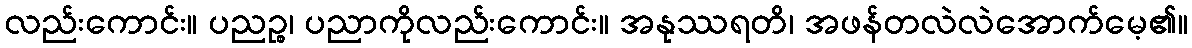
လည်းကောင်း။ ပညဉ္စ၊ ပညာကိုလည်းကောင်း။ အနုဿရတိ၊ အဖန်တလဲလဲအောက်မေ့၏။